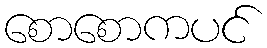
စောစောကပင်